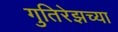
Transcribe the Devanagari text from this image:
गुतिरेझच्या